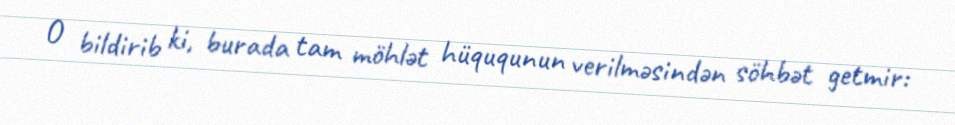
O bildirib ki, burada tam möhlət hüququnun verilməsindən söhbət getmir: